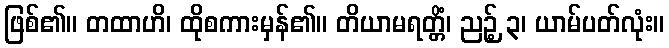
ဖြစ်၏။ တထာဟိ၊ ထိုစကားမှန်၏။ တိယာမရတ္တိံ၊ ညဉ့် ၃၊ ယာမ်ပတ်လုံး။